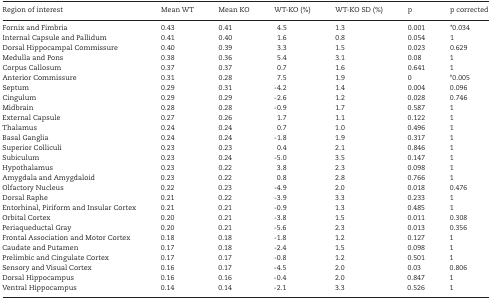
<table><thead><tr><td><b>Region of interest</b></td><td><b>Mean WT</b></td><td><b>Mean KO</b></td><td><b>WT-KO (%)</b></td><td><b>WT-KO SD (%)</b></td><td><b>p</b></td><td><b>p corrected</b></td></tr></thead><tbody><tr><td>Fornix and Fimbria</td><td>0.43</td><td>0.41</td><td>4.5</td><td>1.3</td><td>0.001</td><td>*0.034</td></tr><tr><td>Internal Capsule and Pallidum</td><td>0.41</td><td>0.40</td><td>1.6</td><td>0.8</td><td>0.054</td><td>1</td></tr><tr><td>Dorsal Hippocampal Commissure</td><td>0.40</td><td>0.39</td><td>3.3</td><td>1.5</td><td>0.023</td><td>0.629</td></tr><tr><td>Medulla and Pons</td><td>0.38</td><td>0.36</td><td>5.4</td><td>3.1</td><td>0.08</td><td>1</td></tr><tr><td>Corpus Callosum</td><td>0.37</td><td>0.37</td><td>0.7</td><td>1.6</td><td>0.641</td><td>1</td></tr><tr><td>Anterior Commissure</td><td>0.31</td><td>0.28</td><td>7.5</td><td>1.9</td><td>0</td><td>*0.005</td></tr><tr><td>Septum</td><td>0.29</td><td>0.31</td><td>-4.2</td><td>1.4</td><td>0.004</td><td>0.096</td></tr><tr><td>Cingulum</td><td>0.29</td><td>0.29</td><td>-2.6</td><td>1.2</td><td>0.028</td><td>0.746</td></tr><tr><td>Midbrain</td><td>0.28</td><td>0.28</td><td>-0.9</td><td>1.7</td><td>0.587</td><td>1</td></tr><tr><td>External Capsule</td><td>0.27</td><td>0.26</td><td>1.7</td><td>1.1</td><td>0.122</td><td>1</td></tr><tr><td>Thalamus</td><td>0.24</td><td>0.24</td><td>0.7</td><td>1.0</td><td>0.496</td><td>1</td></tr><tr><td>Basal Ganglia</td><td>0.24</td><td>0.24</td><td>-1.8</td><td>1.9</td><td>0.317</td><td>1</td></tr><tr><td>Superior Colliculi</td><td>0.23</td><td>0.23</td><td>0.4</td><td>2.1</td><td>0.846</td><td>1</td></tr><tr><td>Subiculum</td><td>0.23</td><td>0.24</td><td>-5.0</td><td>3.5</td><td>0.147</td><td>1</td></tr><tr><td>Hypothalamus</td><td>0.23</td><td>0.22</td><td>3.8</td><td>2.3</td><td>0.098</td><td>1</td></tr><tr><td>Amygdala and Amygdaloid</td><td>0.23</td><td>0.22</td><td>0.8</td><td>2.8</td><td>0.766</td><td>1</td></tr><tr><td>Olfactory Nucleus</td><td>0.22</td><td>0.23</td><td>-4.9</td><td>2.0</td><td>0.018</td><td>0.476</td></tr><tr><td>Dorsal Raphe</td><td>0.21</td><td>0.22</td><td>-3.9</td><td>3.3</td><td>0.233</td><td>1</td></tr><tr><td>Entorhinal, Piriform and Insular Cortex</td><td>0.21</td><td>0.21</td><td>-0.9</td><td>1.3</td><td>0.485</td><td>1</td></tr><tr><td>Orbital Cortex</td><td>0.20</td><td>0.21</td><td>-3.8</td><td>1.5</td><td>0.011</td><td>0.308</td></tr><tr><td>Periaqueductal Gray</td><td>0.20</td><td>0.21</td><td>-5.6</td><td>2.3</td><td>0.013</td><td>0.356</td></tr><tr><td>Frontal Association and Motor Cortex</td><td>0.18</td><td>0.18</td><td>-1.8</td><td>1.2</td><td>0.127</td><td>1</td></tr><tr><td>Caudate and Putamen</td><td>0.17</td><td>0.18</td><td>-2.4</td><td>1.5</td><td>0.098</td><td>1</td></tr><tr><td>Prelimbic and Cingulate Cortex</td><td>0.17</td><td>0.17</td><td>-0.8</td><td>1.2</td><td>0.501</td><td>1</td></tr><tr><td>Sensory and Visual Cortex</td><td>0.16</td><td>0.17</td><td>-4.5</td><td>2.0</td><td>0.03</td><td>0.806</td></tr><tr><td>Dorsal Hippocampus</td><td>0.16</td><td>0.16</td><td>-0.4</td><td>2.0</td><td>0.847</td><td>1</td></tr><tr><td>Ventral Hippocampus</td><td>0.14</td><td>0.14</td><td>-2.1</td><td>3.3</td><td>0.526</td><td>1</td></tr></tbody></table>